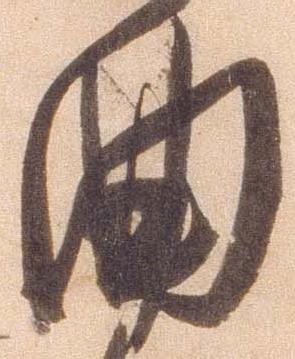
曲